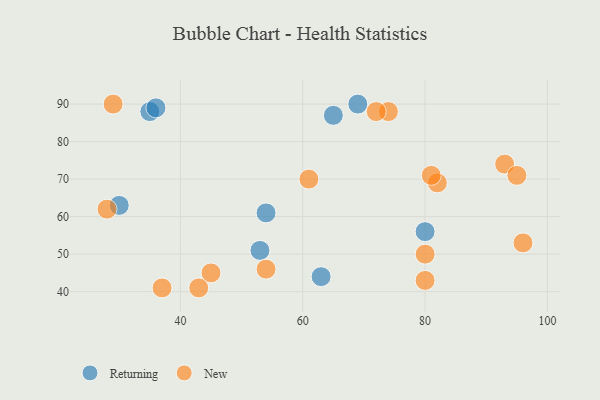
{"axis": {"x": "GDP", "y": "Life Expectancy"}, "legend": ["New", "Returning"], "data": [{"x": "30", "y": 63, "type": "Returning"}, {"x": "63", "y": 44, "type": "Returning"}, {"x": "35", "y": 88, "type": "Returning"}, {"x": "69", "y": 90, "type": "Returning"}, {"x": "53", "y": 51, "type": "Returning"}, {"x": "80", "y": 56, "type": "Returning"}, {"x": "65", "y": 87, "type": "Returning"}, {"x": "54", "y": 61, "type": "Returning"}, {"x": "36", "y": 89, "type": "Returning"}, {"x": "74", "y": 88, "type": "New"}, {"x": "54", "y": 46, "type": "New"}, {"x": "80", "y": 50, "type": "New"}, {"x": "93", "y": 74, "type": "New"}, {"x": "45", "y": 45, "type": "New"}, {"x": "61", "y": 70, "type": "New"}, {"x": "29", "y": 90, "type": "New"}, {"x": "82", "y": 69, "type": "New"}, {"x": "37", "y": 41, "type": "New"}, {"x": "28", "y": 62, "type": "New"}, {"x": "72", "y": 88, "type": "New"}, {"x": "80", "y": 43, "type": "New"}, {"x": "95", "y": 71, "type": "New"}, {"x": "43", "y": 41, "type": "New"}, {"x": "81", "y": 71, "type": "New"}, {"x": "96", "y": 53, "type": "New"}]}